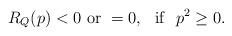
LaTeX: \begin{align*}R_Q(p)<0 \ {\rm or} \ =0,\ \ {\rm if} \ \ p^2\geq 0.\end{align*}